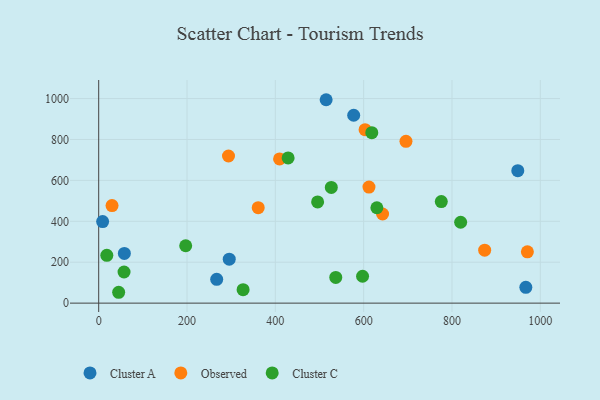
{"axis": {"x": "Ad Spend", "y": "Sales"}, "legend": ["Cluster A", "Cluster C", "Observed"], "data": [{"x": "949.0", "y": 647.5, "type": "Cluster A"}, {"x": "967.2", "y": 77.5, "type": "Cluster A"}, {"x": "295.6", "y": 214.8, "type": "Cluster A"}, {"x": "515.0", "y": 994.3, "type": "Cluster A"}, {"x": "8.9", "y": 398.6, "type": "Cluster A"}, {"x": "267.2", "y": 116.6, "type": "Cluster A"}, {"x": "577.4", "y": 918.5, "type": "Cluster A"}, {"x": "58.1", "y": 242.8, "type": "Cluster A"}, {"x": "409.6", "y": 704.7, "type": "Observed"}, {"x": "970.7", "y": 250.6, "type": "Observed"}, {"x": "874.0", "y": 259.0, "type": "Observed"}, {"x": "293.9", "y": 719.3, "type": "Observed"}, {"x": "642.8", "y": 435.8, "type": "Observed"}, {"x": "612.0", "y": 567.5, "type": "Observed"}, {"x": "603.2", "y": 847.7, "type": "Observed"}, {"x": "695.8", "y": 790.9, "type": "Observed"}, {"x": "30.2", "y": 476.7, "type": "Observed"}, {"x": "361.2", "y": 466.8, "type": "Observed"}, {"x": "197.0", "y": 280.4, "type": "Cluster C"}, {"x": "629.9", "y": 466.3, "type": "Cluster C"}, {"x": "618.4", "y": 833.3, "type": "Cluster C"}, {"x": "536.8", "y": 125.8, "type": "Cluster C"}, {"x": "819.6", "y": 395.3, "type": "Cluster C"}, {"x": "526.7", "y": 565.6, "type": "Cluster C"}, {"x": "57.4", "y": 152.1, "type": "Cluster C"}, {"x": "775.8", "y": 496.3, "type": "Cluster C"}, {"x": "18.4", "y": 233.5, "type": "Cluster C"}, {"x": "597.5", "y": 131.4, "type": "Cluster C"}, {"x": "495.7", "y": 494.5, "type": "Cluster C"}, {"x": "45.2", "y": 53.1, "type": "Cluster C"}, {"x": "327.0", "y": 65.7, "type": "Cluster C"}, {"x": "428.9", "y": 709.9, "type": "Cluster C"}]}